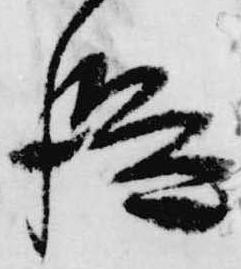
段